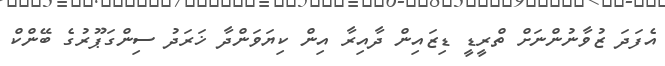
އެފަދަ ޒުވާނުންނަށް ތްރީޑީ ޑިޒައިން ދާއިރާ އިން ކިޔަވަންދާ ޚަރަދު ސިންގަޕޫރުގެ ބޭންކް